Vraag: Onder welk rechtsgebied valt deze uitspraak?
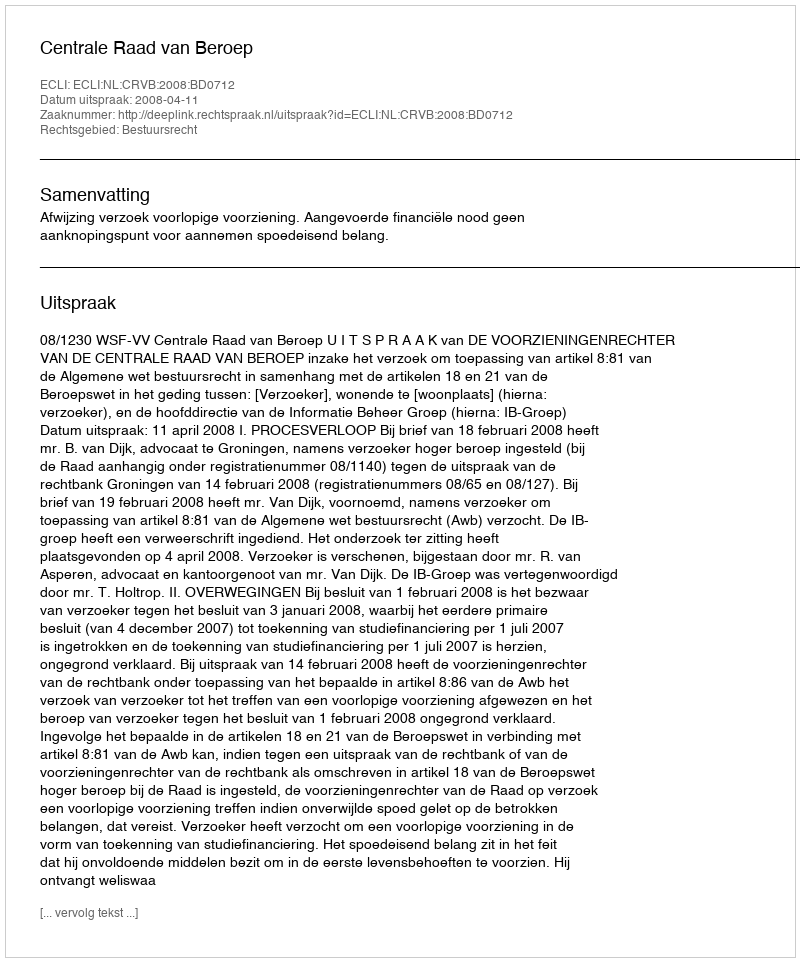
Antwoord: Bestuursrecht